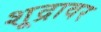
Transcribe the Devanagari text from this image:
शूद्रावर